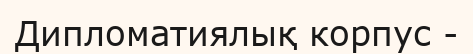
Дипломатиялық корпус -